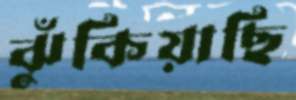
ঝুঁকিয়াছি